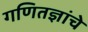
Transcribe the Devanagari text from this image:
गणितज्ञांचे